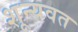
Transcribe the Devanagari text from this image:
शून्यवत